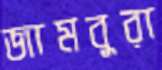
জামবুরা